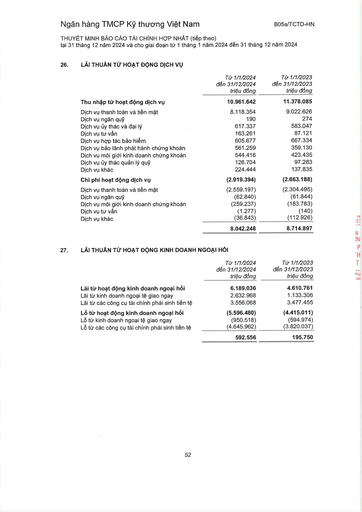
||Từ 1/1/2024 đến 31/12/2024 triệu đồng|Từ 1/1/2023 đến 31/12/2023 triệu đồng| |---|---|---| |Thu nhập từ hoạt động dịch vụ|10.961.642|11.378.085| |Dịch vụ thanh toán và tiền mặt|8.118.354|9.022.626| |Dịch vụ ngân quỹ|190|274| |Dịch vụ ủy thác và đại lý|617.337|583.047| |Dịch vụ tư vấn|163.261|87.121| |Dịch vụ hợp tác bảo hiểm|605.677|667.334| |Dịch vụ bảo lãnh phát hành chứng khoán|561.259|359.130| |Dịch vụ môi giới kinh doanh chứng khoán|544.416|423.435| |Dịch vụ ủy thác quản lý quỹ|126.704|97.283| |Dịch vụ khác|224.444|137.835| |Chi phí hoạt động dịch vụ|(2.919.394)|(2.663.188)| |Dịch vụ thanh toán và tiền mặt|(2.559.197)|(2.304.495)| |Dịch vụ ngân quỹ|(62.840)|(61.844)| |Dịch vụ môi giới kinh doanh chứng khoán|(259.237)|(183.783)| |Dịch vụ tư vấn|(1.277)|(140)| |Dịch vụ khác|(36.843)|(112.926)| ||8.042.248|8.714.897| ||Từ 1/1/2024 đến 31/12/2024 triệu đồng|Từ 1/1/2023 đến 31/12/2023 triệu đồng| |---|---|---| |Lãi từ hoạt động kinh doanh ngoại hối|6.189.036|4.610.761| |Lãi từ kinh doanh ngoại tệ giao ngay|2.632.968|1.133.306| |Lãi từ các công cụ tài chính phái sinh tiền tệ|3.556.068|3.477.455| |Lỗ từ hoạt động kinh doanh ngoại hối|(5.596.480)|(4.415.011)| |Lỗ từ kinh doanh ngoại tệ giao ngay|(950.518)|(594.974)| |Lỗ từ các công cụ tài chính phái sinh tiền tệ|(4.645.962)|(3.820.037)| ||592.556|195.750|